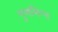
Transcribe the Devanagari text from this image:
गुणभिन्न